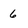
Character: 6